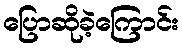
ပြောဆိုခဲ့ကြောင်း